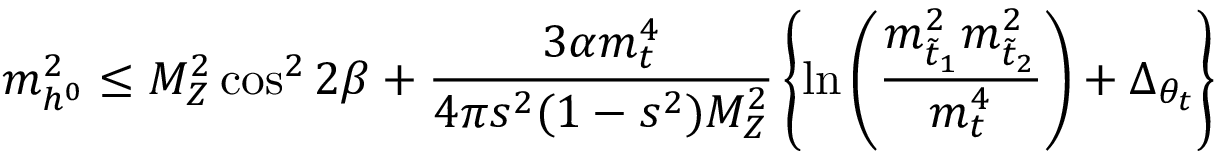
m _ { h ^ { 0 } } ^ { 2 } \leq M _ { Z } ^ { 2 } \cos ^ { 2 } 2 \beta + \frac { 3 \alpha m _ { t } ^ { 4 } } { 4 \pi s ^ { 2 } ( 1 - s ^ { 2 } ) M _ { Z } ^ { 2 } } \left\{ \ln \left( \frac { m _ { \tilde { t } _ { 1 } } ^ { 2 } m _ { \tilde { t } _ { 2 } } ^ { 2 } } { m _ { t } ^ { 4 } } \right) + \Delta _ { \theta _ { t } } \right\}